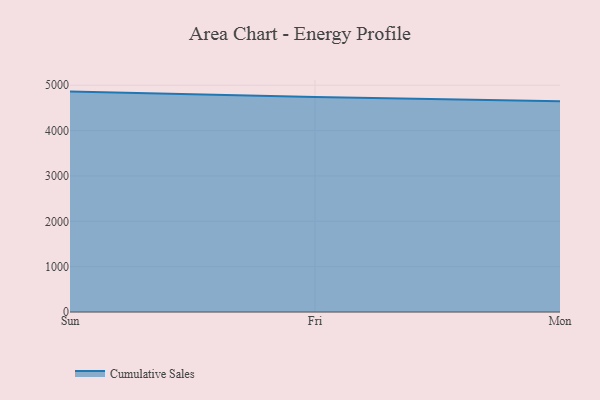
{"axis": {"x": "Day", "y": "Demand Index"}, "legend": ["Cumulative Sales"], "data": [{"x": "Sun", "y": 4859.9, "type": "Cumulative Sales"}, {"x": "Fri", "y": 4739.7, "type": "Cumulative Sales"}, {"x": "Mon", "y": 4647.3, "type": "Cumulative Sales"}]}